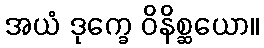
အယံ ဒုက္ခေ ဝိနိစ္ဆယော။